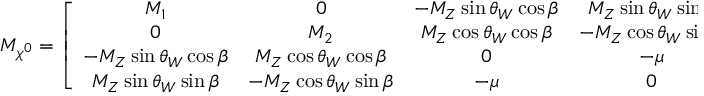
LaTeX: { \cal M } _ { \chi ^ { 0 } } = \left[ \begin{array} { c c c c } { { M _ { 1 } } } & { { 0 } } & { { - M _ { Z } \sin \theta _ { W } \cos \beta } } & { { M _ { Z } \sin \theta _ { W } \sin \beta } } \\ { { 0 } } & { { M _ { 2 } } } & { { M _ { Z } \cos \theta _ { W } \cos \beta } } & { { - M _ { Z } \cos \theta _ { W } \sin \beta } } \\ { { - M _ { Z } \sin \theta _ { W } \cos \beta } } & { { M _ { Z } \cos \theta _ { W } \cos \beta } } & { { 0 } } & { { - \mu } } \\ { { M _ { Z } \sin \theta _ { W } \sin \beta } } & { { - M _ { Z } \cos \theta _ { W } \sin \beta } } & { { - \mu } } & { { 0 } } \end{array} \right]